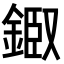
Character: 𨨘